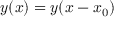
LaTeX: y ( x ) = y ( x - x _ { 0 } )